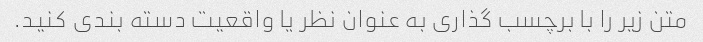
متن زیر را با برچسب گذاری به عنوان نظر یا واقعیت دسته بندی کنید.